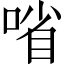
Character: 㗂